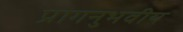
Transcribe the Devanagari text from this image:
प्रागनुभवीय